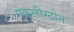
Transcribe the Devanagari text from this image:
एकलीस्टोन